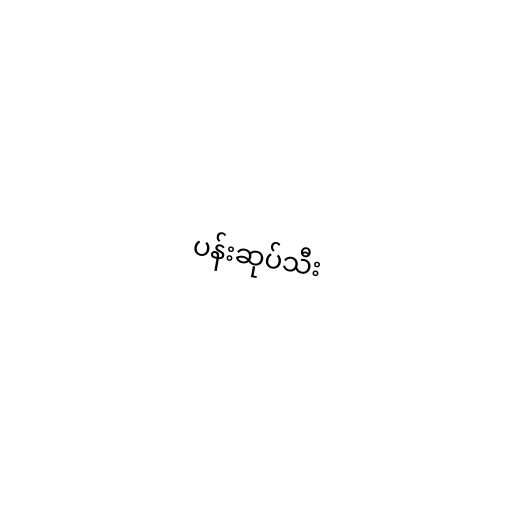
ပန်းဆုပ်သီး